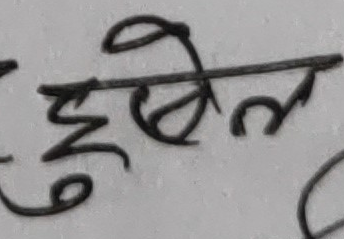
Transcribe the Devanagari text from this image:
दुखेल